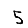
Digit: 5